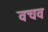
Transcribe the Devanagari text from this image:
वचव